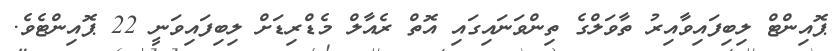
ޕޮއިންޓް ލިބިފައިވާއިރު ތާވަލްގެ ތިންވަނައިގައި އޮތް ރެއާލް މެޑްރިޑަށް ލިބިފައިވަނީ 22 ޕޮއިންޓެވެ.